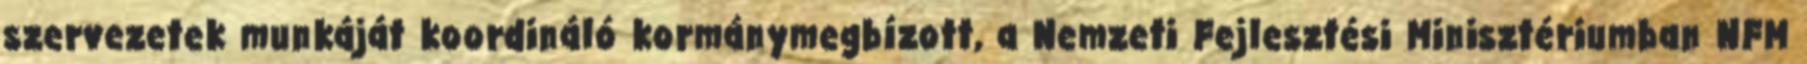
szervezetek munkáját koordináló kormánymegbízott, a Nemzeti Fejlesztési Minisztériumban NFM